DOW-UAP-D74, Mission Report, Syria, November 2023
Agency: Department of War
Incident date: 11/9/23
Incident location: Syria
Page 8
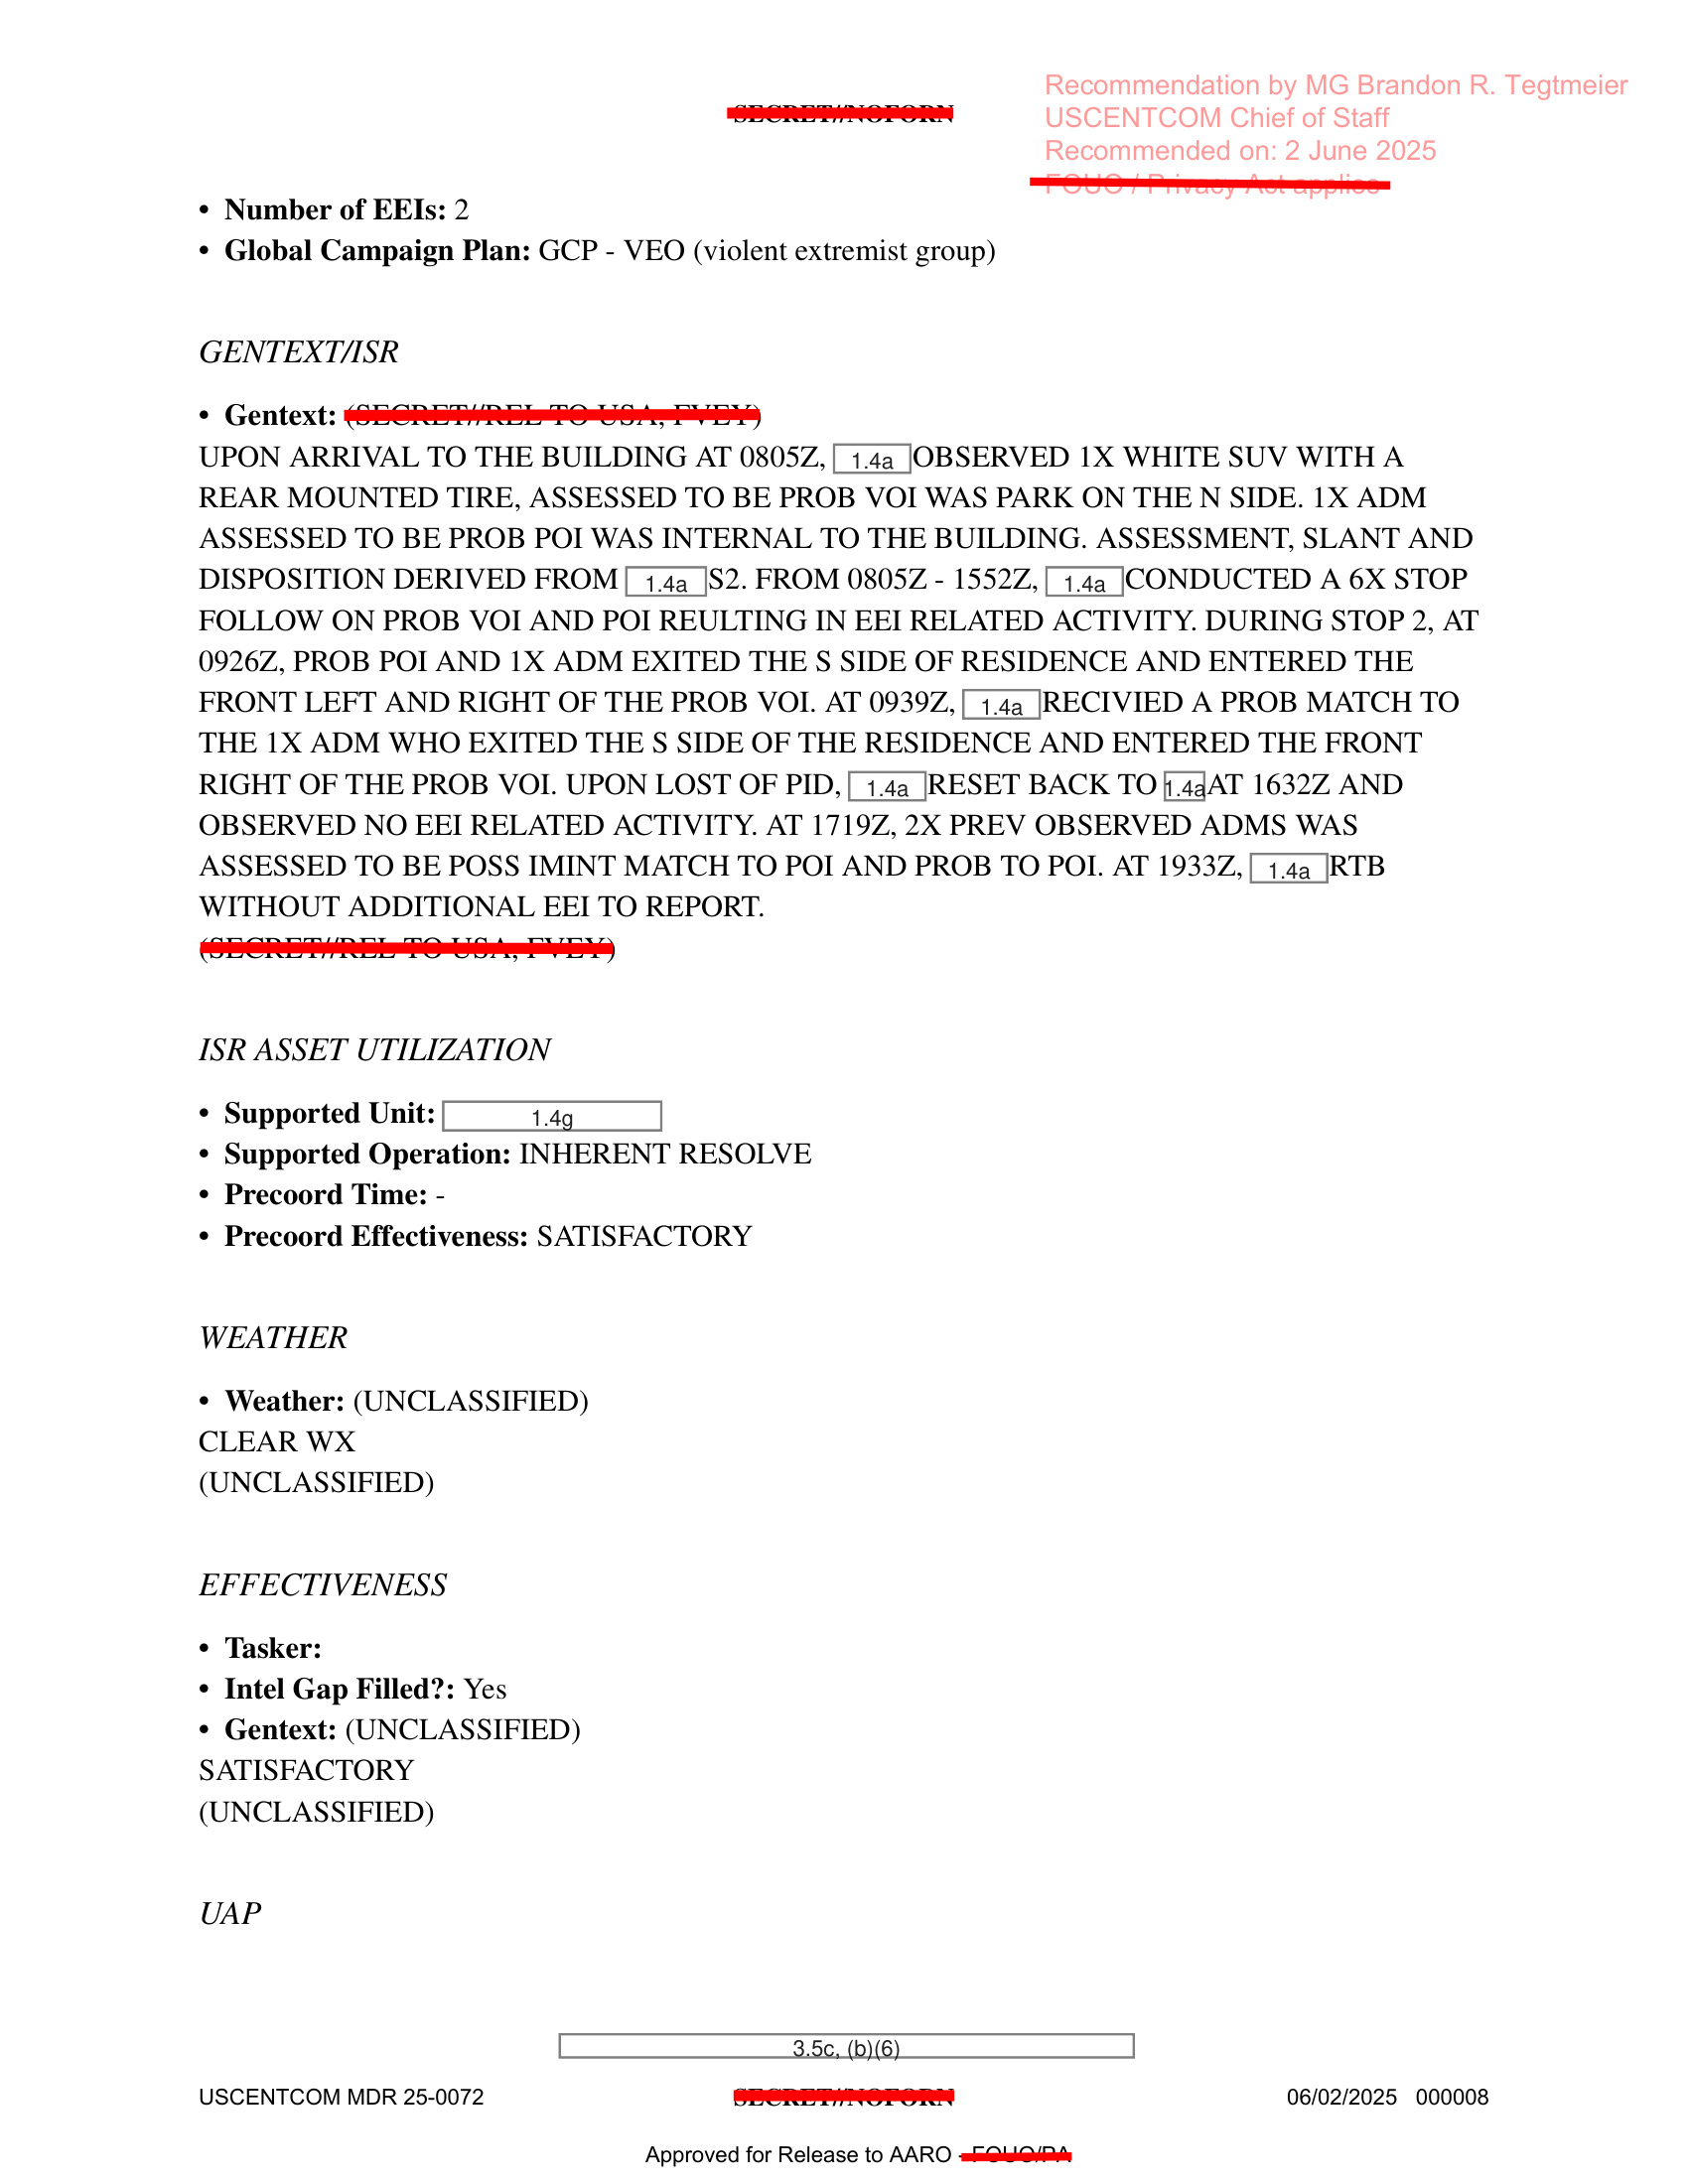